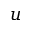
\boldsymbol { u }